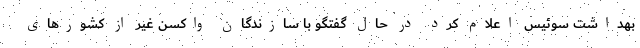
بهداشت سوئیس اعلام کرد در حال گفتگو با سازندگان واکسن غیر از کشور‌های